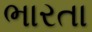
ભારતા